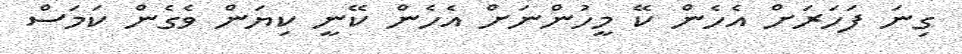
ގިނަ ފަހަރަށް އެހެން ކޭ މީހުންނަށް އެހެން ކޭނީ ކިޔަން ވެގެން ކަމަސް